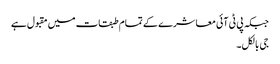
جبکہ پی ٹی آئی معاشرے کے تمام طبقات میں مقبول ہے
جی بالکل۔